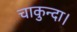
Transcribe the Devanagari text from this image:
चाकुन्दा।